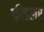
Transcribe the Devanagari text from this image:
फीडलर